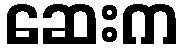
ဆေးက